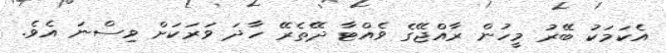
އެކަމަކު ބޭރު މީހުން ރާއްޖޭގެ ވެއްޓާ ދޭތެރޭ ހާދަ ވަރަކަށް ވިސްނަ އެވެ.